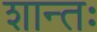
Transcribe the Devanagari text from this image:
शान्तः